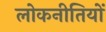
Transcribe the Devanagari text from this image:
लोकनीतियों